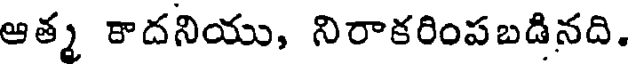
ఆత్మ కాదనియు, నిరాకరింపబడినది.